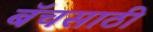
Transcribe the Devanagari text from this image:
बॅचसाठी